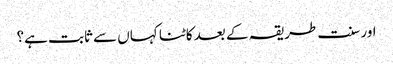
اور سنت طریقہ کے بعد کاٹنا کہاں سے ثابت ہے؟